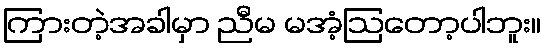
ကြားတဲ့အခါမှာ ညီမ မအံ့ဩတော့ပါဘူး။